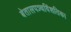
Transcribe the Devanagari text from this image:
बेतालपञ्चविंशतिका